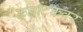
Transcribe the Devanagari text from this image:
कर्नाटकवर